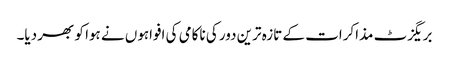
بریگزٹ مذاکرات کے تازہ ترین دور کی ناکامی کی افواہوں نے ہوا کو بھر دیا۔